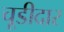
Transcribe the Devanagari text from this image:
चूडीदार